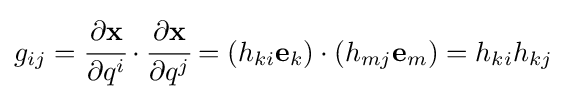
g_{ij}={\cfrac {\partial \mathbf {x} }{\partial q^{i}}}\cdot {\cfrac {\partial \mathbf {x} }{\partial q^{j}}}=\left(h_{ki}\mathbf {e} _{k}\right)\cdot \left(h_{mj}\mathbf {e} _{m}\right)=h_{ki}h_{kj}